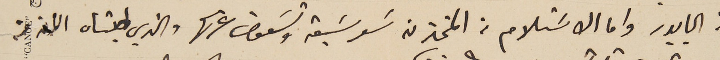
من البابور واما الاسَتلام من المخزن سَعر سَبعة وتسَعون غرش والذي طلبناه الان من